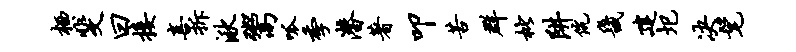
栖斐曰接喜拆湫鬻呱季潜著叩苦群枇阱伉畿建圯决髦